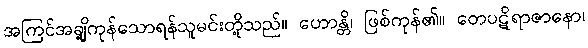
အကြင်အချို့ကုန်သောရန်သူမင်းတို့သည်။ ဟောန္တိ၊ ဖြစ်ကုန်၏။ တေပဋိရာဇာနော၊